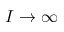
I \to \infty